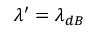
\lambda ^ { \prime } = \lambda _ { d B }